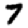
Digit: 7